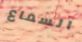
السماع